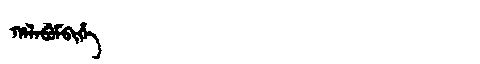
Manchu: ᡥᠠᠯᠠᠪᡠᠮᠪᡳᡥᡝ
Romanization: HALABUMBIHE